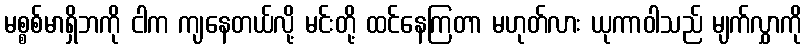
မစ္စစ်မာရှိဘကို ငါက ကျနေတယ်လို့ မင်းတို့ ထင်နေကြတာ မဟုတ်လား ယုကာဝါသည် မျက်လွှာကို